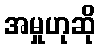
အမှုဟုဆို